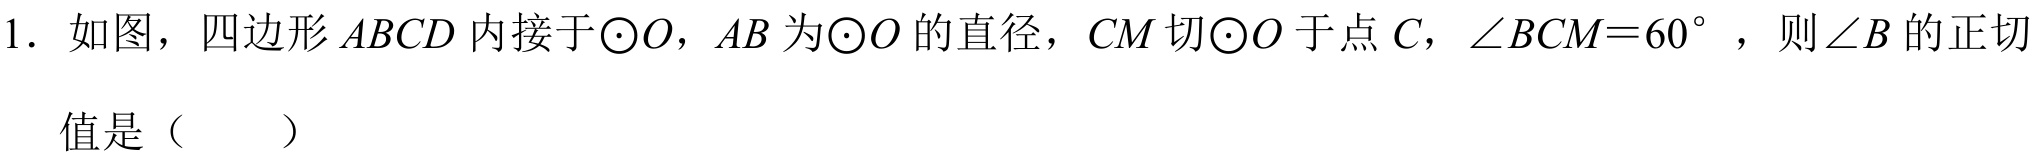
1. 如图，四边形 \(ABCD\) 内接于\(\odot O\)，\(AB\) 为\(\odot O\) 的直径，\(CM\) 切\(\odot O\) 于点 \(C\)，\(\angle BCM = 60^{\circ}\)，则\(\angle B\) 的正切

值是（  ）